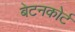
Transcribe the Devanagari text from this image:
बेटनकोर्ट